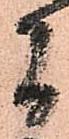
間